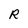
Character: R